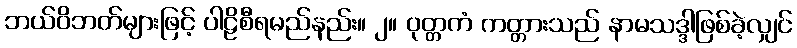
ဘယ်ဝိဘတ်များဖြင့် ပါဠိစီရမည်နည်း။ ၂။ ဝုတ္တကံ ကတ္တားသည် နာမသဒ္ဒါဖြစ်ခဲ့လျှင်